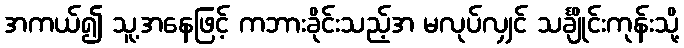
အကယ်၍ သူ့အနေဖြင့် ကဘားခိုင်းသည့်အ မလုပ်လျှင် သင်္ချိုင်းကုန်းသို့